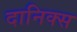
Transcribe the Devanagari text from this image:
दानिक्स